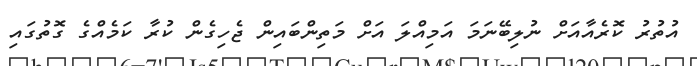
އުތުރު ކޮރެއާއަށް ނުލިބޭނަމަ އަމިއްލަ އަށް މަތިންބައިން ޖެހިގެން ކުރާ ކަމެއްގެ ގޮތުގައި